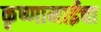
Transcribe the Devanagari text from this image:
कृष्णामाईचा